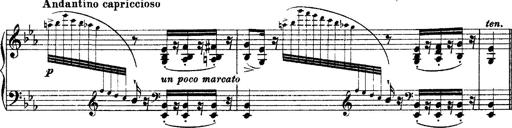
Title: Grandes Ã©tudes de Paganini
Composer: Franz Liszt